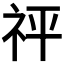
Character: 𥘴